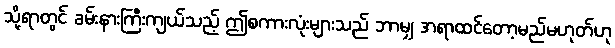
သို့ရာတွင် ခမ်းနားကြီးကျယ်သည့် ဤစကားလုံးများသည် ဘာမျှ အရာထင်တော့မည်မဟုတ်ဟု